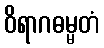
ဝိရာဂဓမ္မတံ